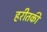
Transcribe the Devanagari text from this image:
हरीतकीं